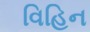
વિહિન